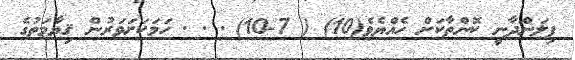
ފިލަންދާނީ ކޮންތާކަށް ހެއްޔެވެ(10) ( 7-10) . . . ހަމަކަށަވަރުން ޤިޔާމަތުގެ